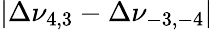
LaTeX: |\Delta\nu_{4,3}-\Delta\nu_{-3,-4}|